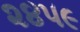
૨૪૫૯